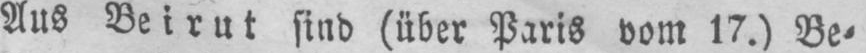
Aus Beirut sind (über Paris vom 17.) Be⸗